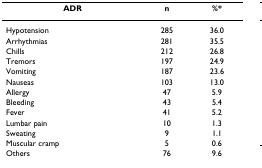
| ADR | n | %* |
 | --- | --- | --- |
 | Hypotension | 285 | 36.0 |
 | Arrhythmias | 281 | 35.5 |
 | Chills | 212 | 26.8 |
 | Tremors | 197 | 24.9 |
 | Vomiting | 187 | 23.6 |
 | Nauseas | 103 | 13.0 |
 | Allergy | 47 | 5.9 |
 | Bleeding | 43 | 5.4 |
 | Fever | 41 | 5.2 |
 | Lumbar pain | 10 | 1.3 |
 | Sweating | 9 | 1.1 |
 | Muscular cramp | 5 | 0.6 |
 | Others | 76 | 9.6 |